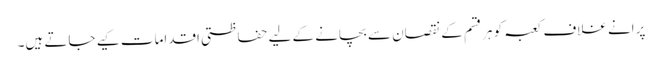
پرانے غلاف کعبہ کو ہرقسم کے نقصان سے بچانے کے لیے حفاظتی اقدامات کیے جاتے ہیں۔